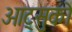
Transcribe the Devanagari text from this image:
ओट्सुको